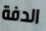
الدفة